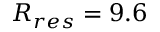
R _ { r e s } = 9 . 6